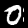
Label: 0